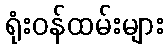
ရုံးဝန်ထမ်းများ